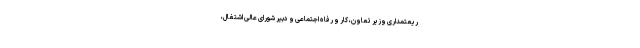
ریعتمداری وزیر تعاون، کار و رفاه اجتماعی و دبیر شورای عالی اشتغال،